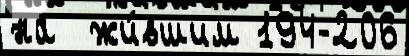
на  жи́вшим 194-206